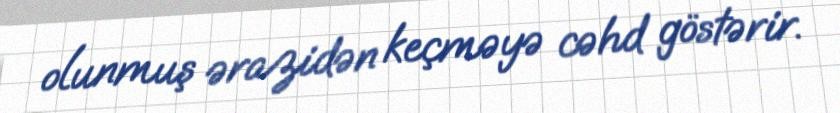
olunmuş ərazidən keçməyə cəhd göstərir.